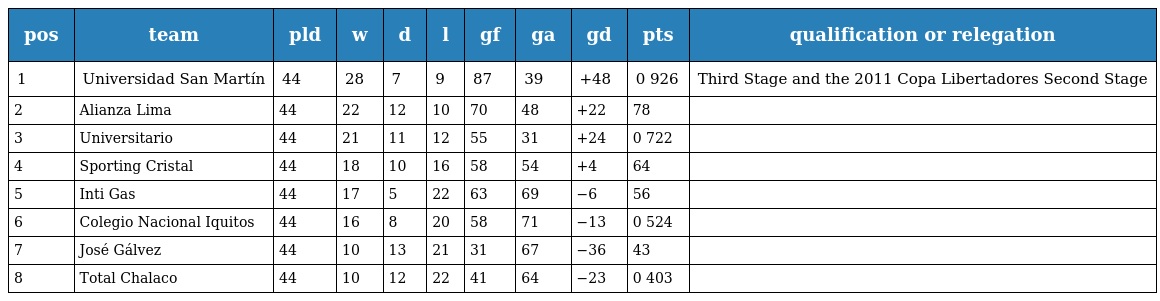
| pos | team | pld | w | d | l | gf | ga | gd | pts | qualification or relegation |
 | --- | --- | --- | --- | --- | --- | --- | --- | --- | --- | --- |
 | 1 | Universidad San Martín | 44 | 28 | 7 | 9 | 87 | 39 | +48 | 0 926 | Third Stage and the 2011 Copa Libertadores Second Stage |
 | 2 | Alianza Lima | 44 | 22 | 12 | 10 | 70 | 48 | +22 | 78 |  |
 | 3 | Universitario | 44 | 21 | 11 | 12 | 55 | 31 | +24 | 0 722 |  |
 | 4 | Sporting Cristal | 44 | 18 | 10 | 16 | 58 | 54 | +4 | 64 |  |
 | 5 | Inti Gas | 44 | 17 | 5 | 22 | 63 | 69 | −6 | 56 |  |
 | 6 | Colegio Nacional Iquitos | 44 | 16 | 8 | 20 | 58 | 71 | −13 | 0 524 |  |
 | 7 | José Gálvez | 44 | 10 | 13 | 21 | 31 | 67 | −36 | 43 |  |
 | 8 | Total Chalaco | 44 | 10 | 12 | 22 | 41 | 64 | −23 | 0 403 |  |